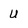
Character: U